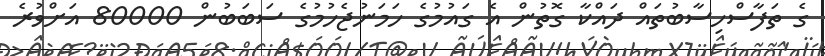
ގެ ތަފާސްހިސާބުތައް ދައްކާ ގޮތުން އެ ގައުމުގެ ހަމަނުޖެހުމުގެ ސަބަބުން 80000 އަށްވުރެ